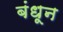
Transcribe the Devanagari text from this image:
बंधून